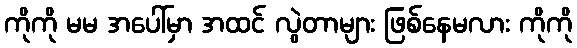
ကိုကို မမ အပေါ်မှာ အထင် လွဲတာများ ဖြစ်နေမလား ကိုကို